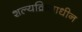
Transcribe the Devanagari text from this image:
शल्यक्रियाधीन